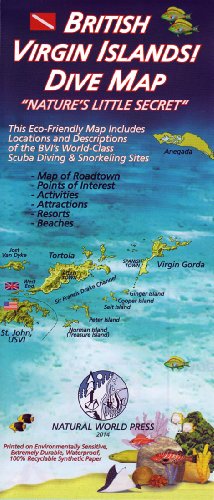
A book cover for British Virgin Islands! DIVE MAP; Frank Nielsen; Travel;